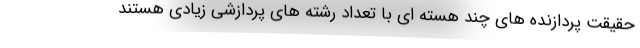
حقیقت پردازنده های چند هسته ای با تعداد رشته های پردازشی زیادی هستند